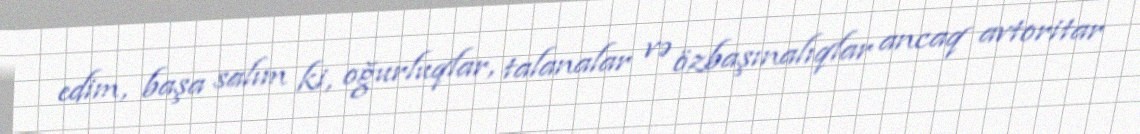
edim, başa salım ki, oğurluqlar, talanalar və özbaşınalıqlar ancaq avtoritar